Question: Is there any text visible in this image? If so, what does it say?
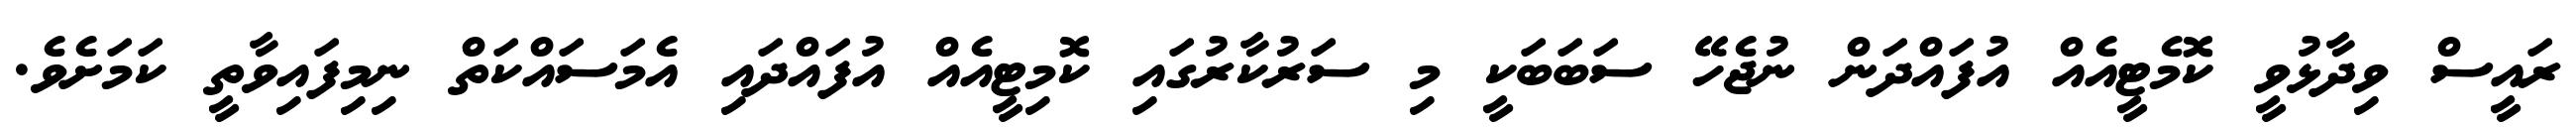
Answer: ރައީސް ވިދާޅުވީ ކޮމެޓީއެއް އުފައްދަން ނުޖެހޭ ސަބަބަކީ މި ސަރުކާރުގައި ކޮމިޓީއެއް އުފައްދައި އެމަސައްކަތް ނިމިފައިވާތީ ކަމަށެވެ.